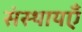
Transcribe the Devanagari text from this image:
संस्थायएँ